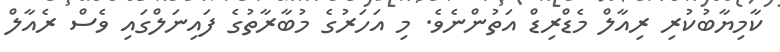
ކާމިޔާބުކުރި ރިއާލް މެޑްރިޑް އަތުންނެވެ. މި އަހަރުގެ މުބާރާތުގެ ފައިނަލްގައި ވެސް ރެއާލް